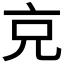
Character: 𠑽